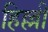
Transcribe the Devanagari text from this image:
हिल्ली